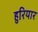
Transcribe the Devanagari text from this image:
हुरियार